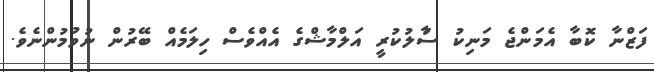
ފަޒްނާ ކޮބާ އެމަންޖެ މަނިކު ސުާލުކުރީ އަލްމާޝްގެ އެއްވެސް ހިލަމެއް ބޭރުން ނުވުމުންނެވެ.